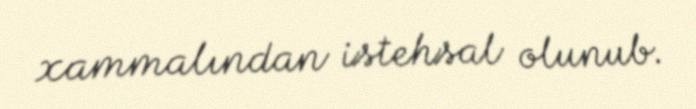
xammalından istehsal olunub.